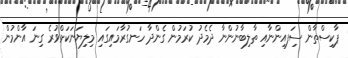
ޕާކިސްތާން ސިަފއިންނާއި ތާލިބާނުންނާ ދެމެދު ކުރަމުން ގެންދާ ހަނގުރާމައިގައި މިލިޔަނަކަށްވުރެ ގިނަ އާންމުން